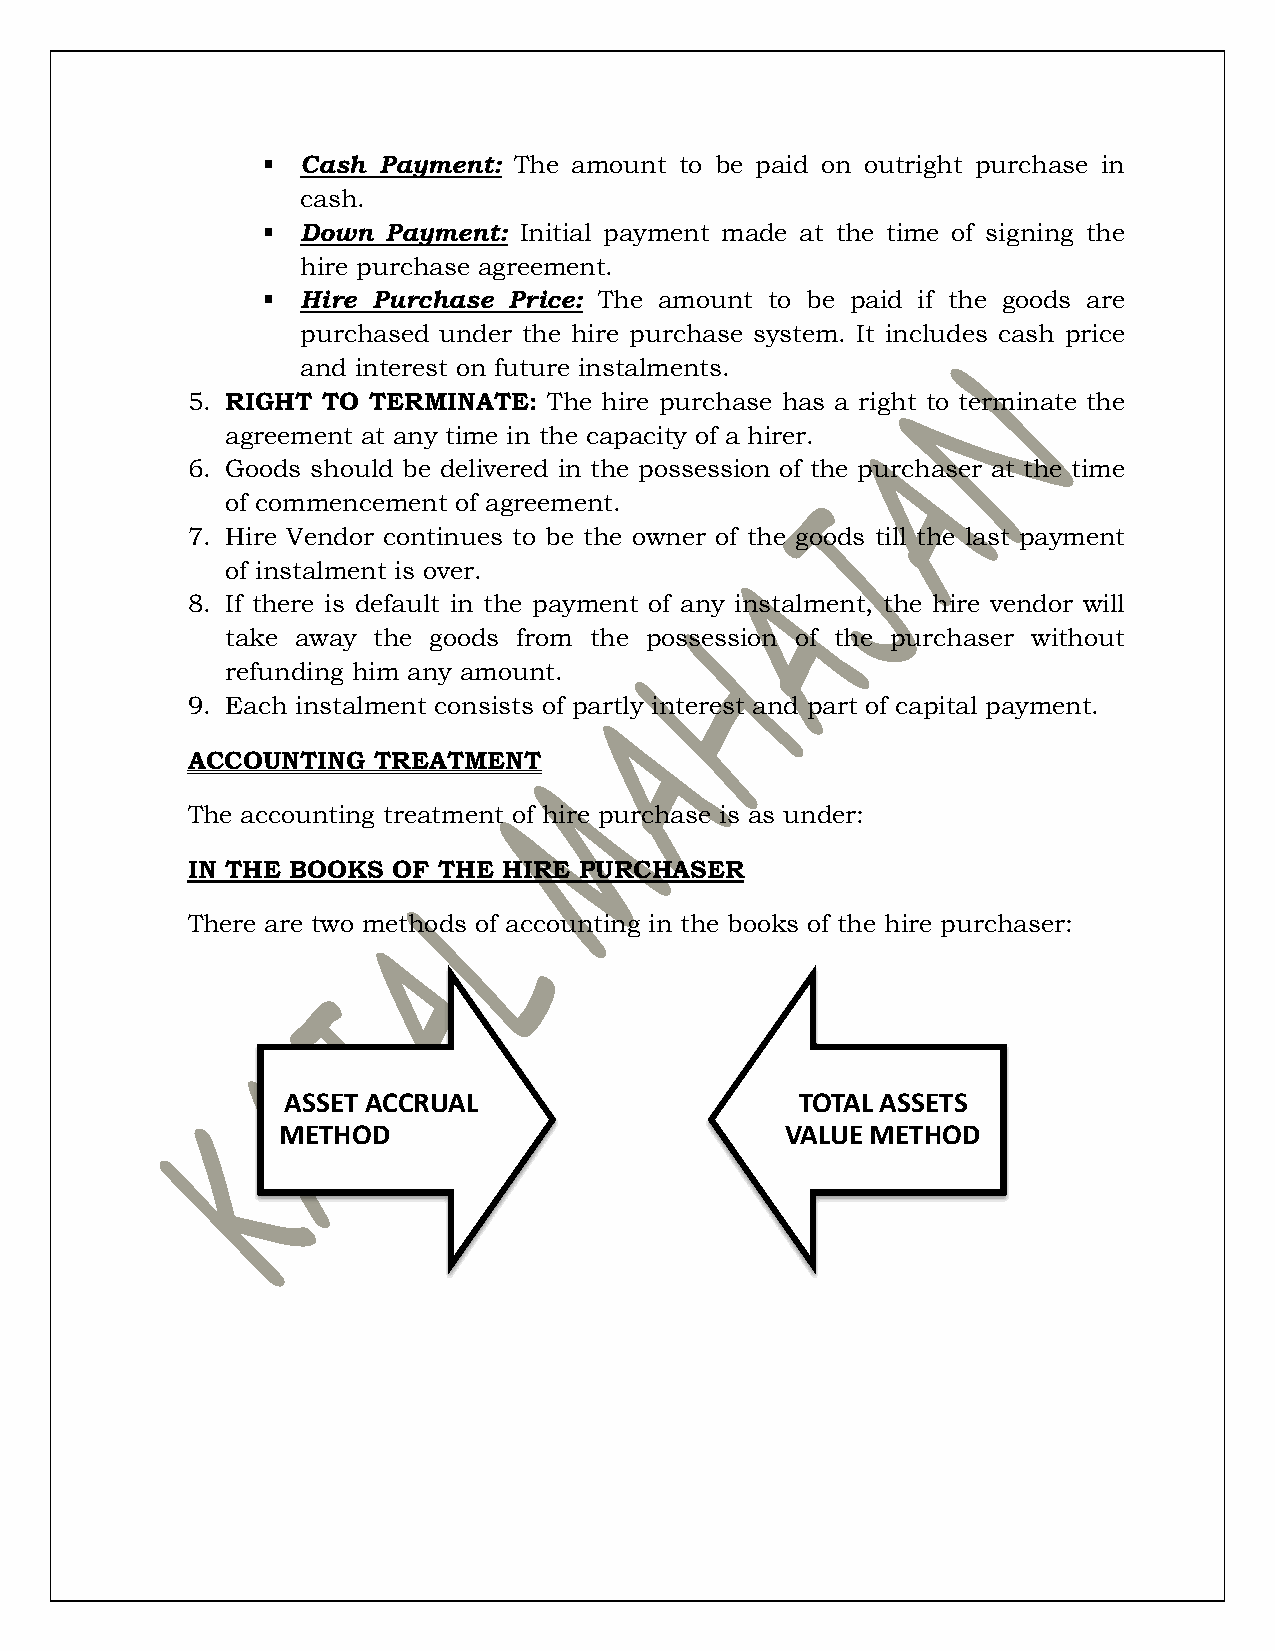
  Cash Payment: The amount to be paid on outright purchase in
 cash.
   Down Payment: Initial payment made at the time of signing the
 hire purchase agreement.
   Hire Purchase Price: The amount to be paid if the goods are
 purchased under the hire purchase system. It includes cash price
 and interest on future instalments.
 5. RIGHT TO TERMINATE:  The hire purchase has a right to terminate the
 agreement at any time in the capacity of a hirer.
 6. Goods should be delivered in the possession of the purchaser at the time
 of commencement of agreement.
 7. Hire Vendor continues to be the owner of the goods till the last payment
 of instalment is over.
 8. If there is default in the payment of any instalment, the hire vendor will
 take away the goods from the possession of the purchaser without
 refunding him any amount.
 9. Each instalment consists of partly interest and part of capital payment.
 ACCOUNTING   TREATMENT
 The accounting treatment of hire purchase is as under:
 IN THE BOOKS  OF THE HIRE PURCHASER
 There are two methods of accounting in the books of the hire purchaser:
 ASSET ACCRUAL                     TOTAL ASSETS
 METHOD                            VALUE METHOD